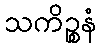
သကိဉ္စနံ